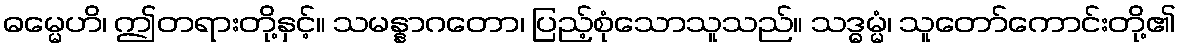
ဓမ္မေဟိ၊ ဤတရားတို့နှင့်။ သမန္နာဂတော၊ ပြည့်စုံသောသူသည်။ သဒ္ဓမ္မံ၊ သူတော်ကောင်းတို့၏